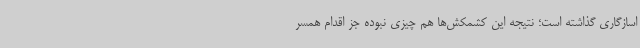
اسازگاری گذاشته است؛ نتیجه این کشمکش‌ها هم چیزی نبوده جز اقدام همسر